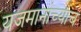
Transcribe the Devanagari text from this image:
यजमानांच्याच